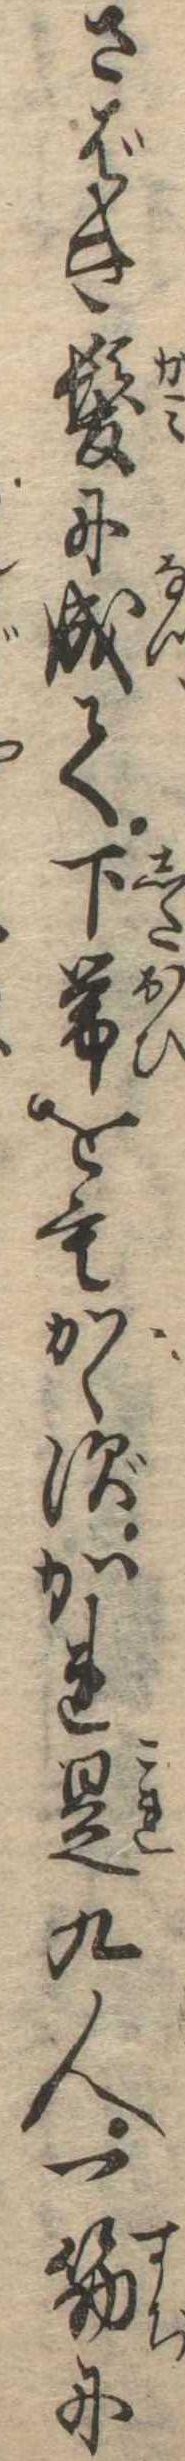
さばき髪に成て下帯をもかゝずかれ是九人一筋に